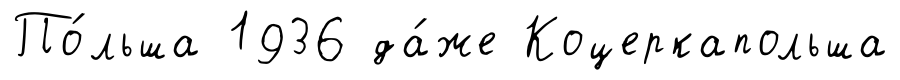
По́льша 1936 да́же Коцеркапольша